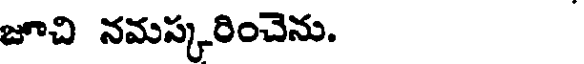
జూచి నమస్కరించెను.